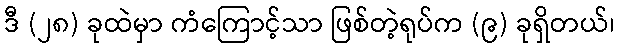
ဒီ (၂၈) ခုထဲမှာ ကံကြောင့်သာ ဖြစ်တဲ့ရုပ်က (၉) ခုရှိတယ်၊